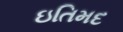
ઇતિમદ